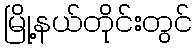
မြို့နယ်တိုင်းတွင်